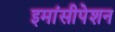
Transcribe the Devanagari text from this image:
इमांसीपेशन